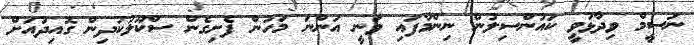
ނަސީމް ވިދާޅުވީ ކައުންސިލުން ނިންމާފައި ވަނީ އަންނަ މަހުން ފެށިގެން ސްކޫލުކުދިން ގޮއިދުއަށް